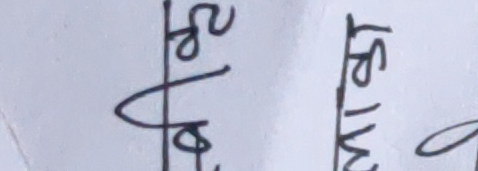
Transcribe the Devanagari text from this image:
२० मि
० से